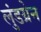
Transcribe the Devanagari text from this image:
लुंडग्रेन